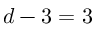
d - 3 = 3